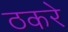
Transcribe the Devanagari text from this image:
ठकरे